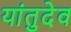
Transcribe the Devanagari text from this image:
यांतुदेव